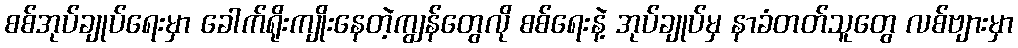
စစ်အုပ်ချုပ်ရေးမှာ ခေါက်ရိုးကျိုးနေတဲ့ကျွန်တွေလို စစ်ရေးနဲ့ အုပ်ချုပ်မှ နာခံတတ်သူတွေ လစ်ဗျားမှာ